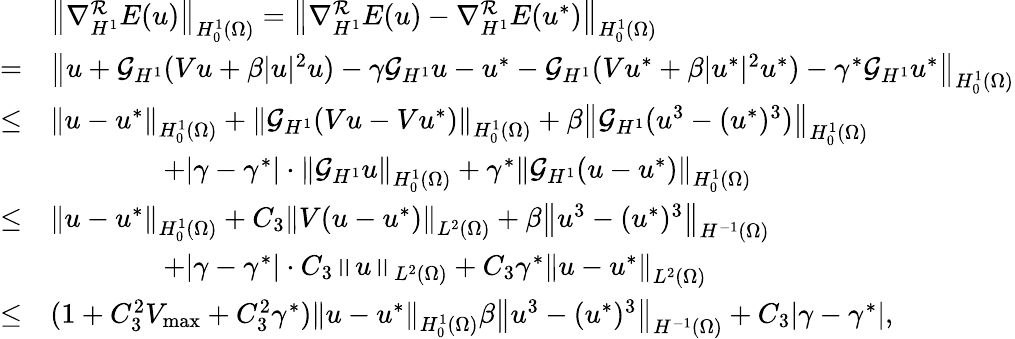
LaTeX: \begin{array}{rl}&{\left\Vert\nabla_{H^{1}}^{\mathcal{R}}E(u)\right\Vert_{H_{0}^{1}(\Omega)}=\left\Vert\nabla_{H^{1}}^{\mathcal{R}}E(u)-\nabla_{H^{1}}^{\mathcal{R}}E(u^{*})\right\Vert_{H_{0}^{1}(\Omega)}}\\ {=}&{\left\| u+\mathcal{G}_{H^{1}}(Vu+\beta|u|^{2}u)-\gamma\mathcal{G}_{H^{1}}u-u^{*}-\mathcal{G}_{H^{1}}(Vu^{*}+\beta|u^{*}|^{2}u^{*})-\gamma^{*}\mathcal{G}_{H^{1}}u^{*}\right\| _{H_{0}^{1}(\Omega)}}\\ {\leq}&{\left\Vert u-u^{*}\right\Vert_{H_{0}^{1}(\Omega)}+\left\Vert\mathcal{G}_{H^{1}}(Vu-Vu^{*})\right\Vert_{H_{0}^{1}(\Omega)}+\beta\left\Vert\mathcal{G}_{H^{1}}(u^{3}-(u^{*})^{3})\right\Vert_{H_{0}^{1}(\Omega)}}\\ &{\qquad\qquad+|\gamma-\gamma^{*}|\cdot\left\Vert\mathcal{G}_{H^{1}}u\right\Vert_{H_{0}^{1}(\Omega)}+\gamma^{*}\left\Vert\mathcal{G}_{H^{1}}(u-u^{*})\right\Vert_{H_{0}^{1}(\Omega)}}\\ {\leq}&{\left\Vert u-u^{*}\right\Vert_{H_{0}^{1}(\Omega)}+C_{3}\left\Vert V(u-u^{*})\right\Vert_{L^{2}(\Omega)}+\beta\left\Vert u^{3}-(u^{*})^{3}\right\Vert_{H^{-1}(\Omega)}}\\ &{\qquad\qquad+|\gamma-\gamma^{*}|\cdot C_{3}\left\Vert u\right\Vert_{L^{2}(\Omega)}+C_{3}\gamma^{*}\left\Vert u-u^{*}\right\Vert_{L^{2}(\Omega)}}\\ {\leq}&{(1+C_{3}^{2}V_{\operatorname*{max}}+C_{3}^{2}\gamma^{*})\left\Vert u-u^{*}\right\Vert_{H_{0}^{1}(\Omega)}\beta\left\Vert u^{3}-(u^{*})^{3}\right\Vert_{H^{-1}(\Omega)}+C_{3}|\gamma-\gamma^{*}|,}\end{array}